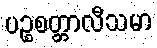
ပဉ္စစတ္တာလီသမာ